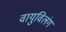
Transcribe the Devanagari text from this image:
वायुविलंग